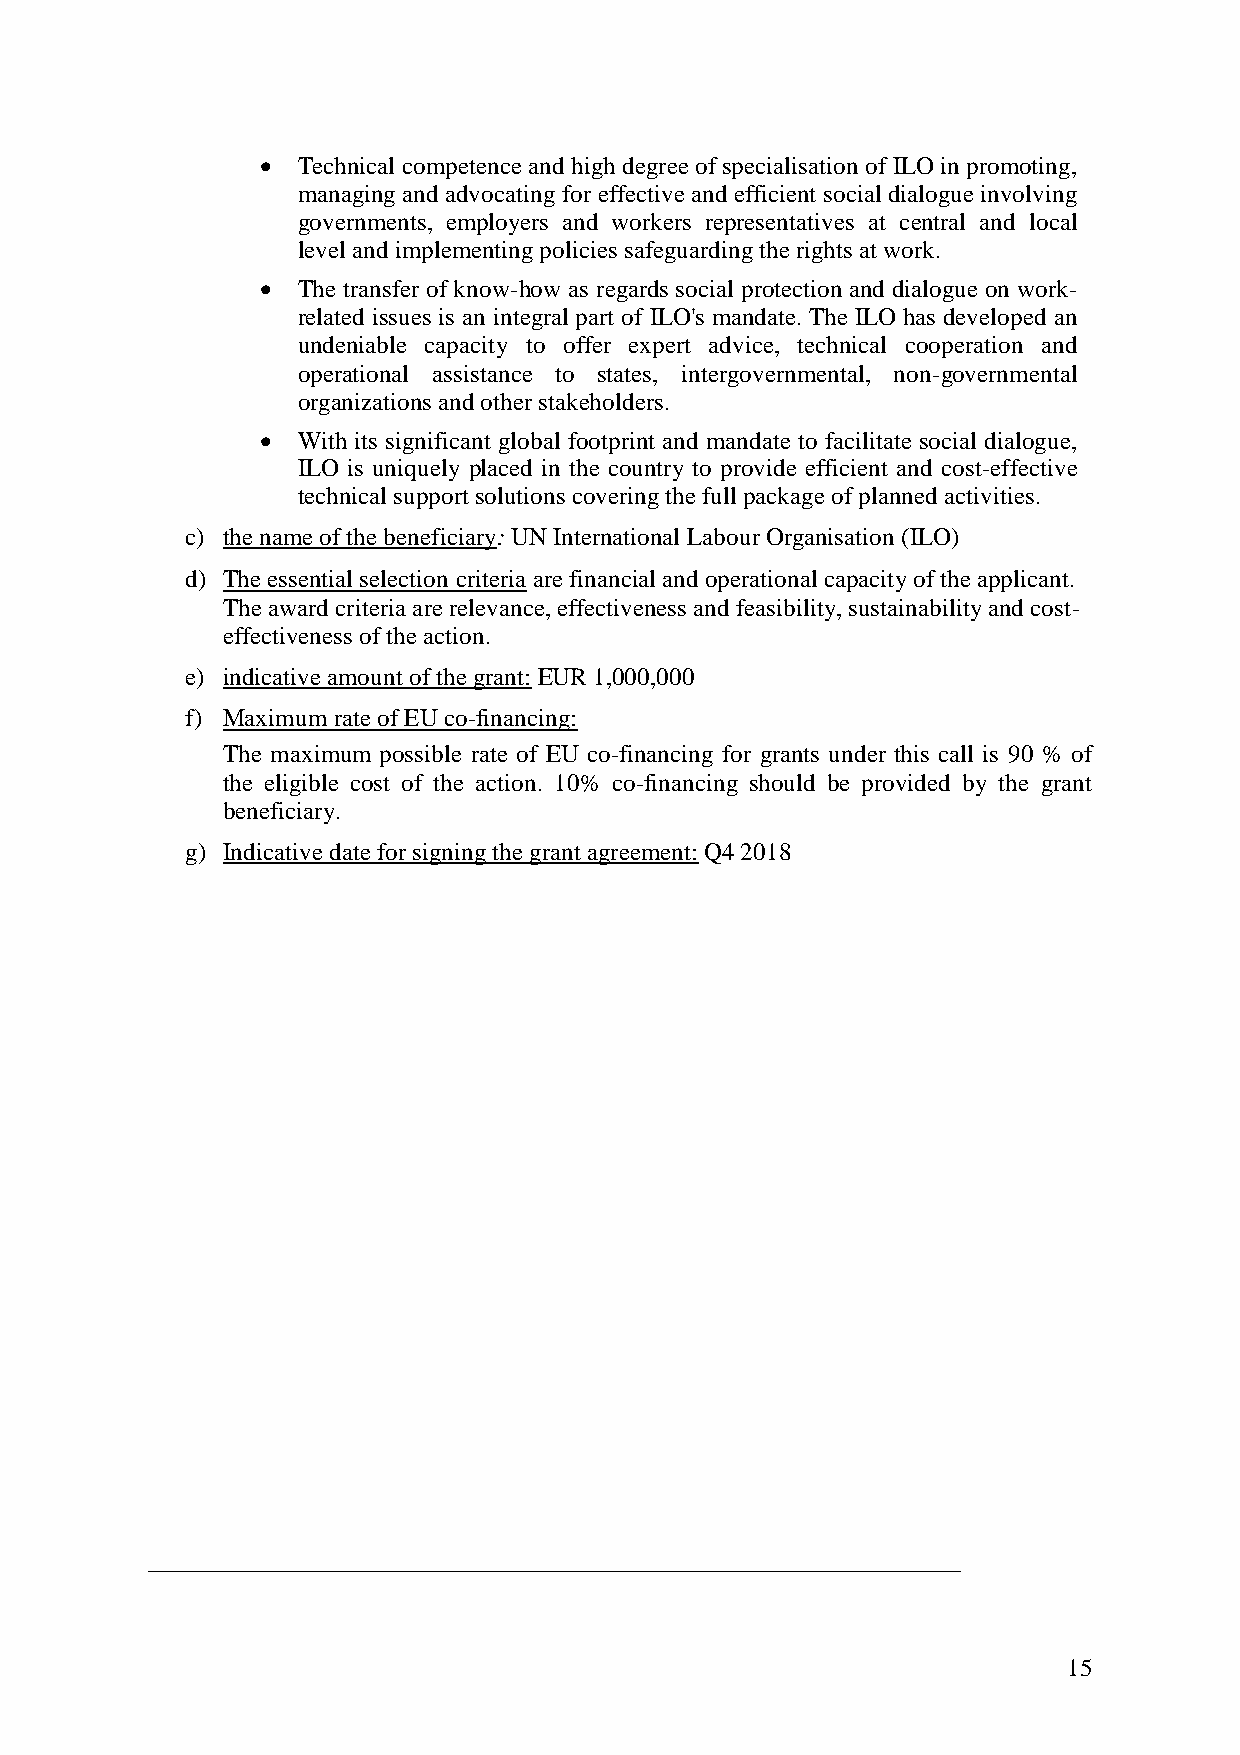
  Technical competence and high degree of specialisation of ILO in promoting,
 managing and advocating for effective and efficient social dialogue involving
 governments, employers and workers representatives at central and local
 level and implementing policies safeguarding the rights at work.
 
   The transfer of know-how as regards social protection and dialogue on work-
 related issues is an integral part of ILO's mandate. The ILO has developed an
 undeniable capacity to offer expert advice, technical cooperation and
 operational assistance to states, intergovernmental, non-governmental
 organizations and other stakeholders.
 
   With its significant global footprint and mandate to facilitate social dialogue,
 ILO is uniquely placed in the country to provide efficient and cost-effective
 technical support solutions covering the full package of planned activities.
 
 c) the name of the beneficiary: UN International Labour Organisation (ILO)
 d) The essential selection criteria are financial and operational capacity of the applicant.
 The award criteria are relevance, effectiveness and feasibility, sustainability and cost-
 effectiveness of the action.
 e) indicative amount of the grant: EUR 1,000,000
 f) Maximum rate of EU co-financing:
 The maximum possible rate of EU co-financing for grants under this call is 90 % of
 the eligible cost of the action. 10% co-financing should be provided by the grant
 beneficiary.
 g) Indicative date for signing the grant agreement: Q4 2018
 15